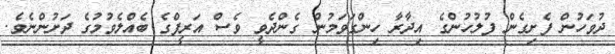
ދުވަހުން ފެށިގެން ފުލުހުންގެ އިދާރާ ހިންގަވަމުން ގެންދެވީ ވެސް އަރީފްގެ ބެއްލެވުމުގެ ދަށުންނެވެ.